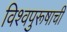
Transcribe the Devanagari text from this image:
विश्‍वपुरूषाची